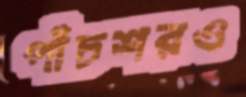
পাঁচশরও